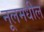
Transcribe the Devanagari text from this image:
नूलमधील